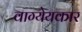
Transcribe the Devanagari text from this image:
वाग्येयकार